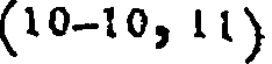
(10-10, 11)